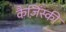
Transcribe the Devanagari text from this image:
कैज़िंस्की